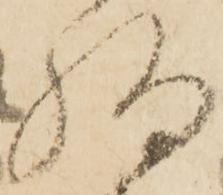
約